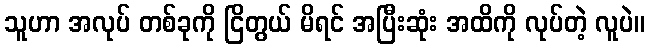
သူဟာ အလုပ် တစ်ခုကို ငြိတွယ် မိရင် အပြီးဆုံး အထိကို လုပ်တဲ့ လူပဲ။